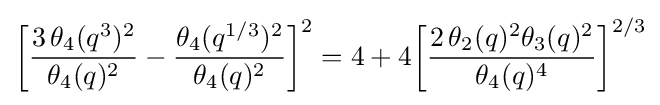
{\biggl [}{\frac {3\,\theta _{4}(q^{3})^{2}}{\theta _{4}(q)^{2}}}-{\frac {\theta _{4}(q^{1/3})^{2}}{\theta _{4}(q)^{2}}}{\biggr ]}^{2}=4+4{\biggl [}{\frac {2\,\theta _{2}(q)^{2}\theta _{3}(q)^{2}}{\theta _{4}(q)^{4}}}{\biggr ]}^{2/3}